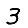
Digit: 3